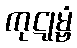
ကုဋုမ္ဗံ